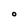
Character: O